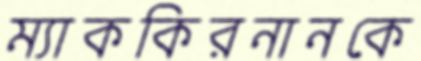
ম্যাককিরনানকে